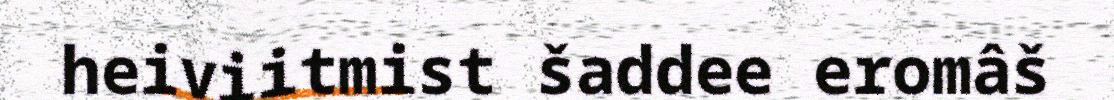
heiviitmist šaddee eromâš